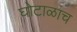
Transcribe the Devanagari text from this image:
घोटाळाच